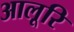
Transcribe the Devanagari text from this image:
आलूरि